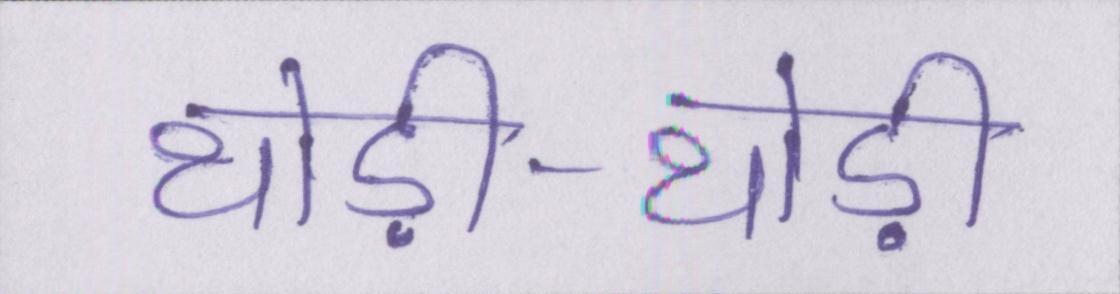
थोड़ी-थोड़ी